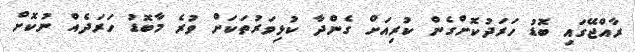
ރާއްޖޭގައި ބޮޑު ހަރަދުކޮށްގެން ކުރިއަށް ގެންދާ ކުޅިވަރުތަކަށް ވުރެ މާބޮޑު ހަރަދެއް ނުކޮށް